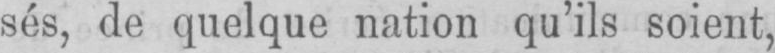
sés, de quelque nation qu’ils soient,